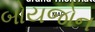
બોયજોન